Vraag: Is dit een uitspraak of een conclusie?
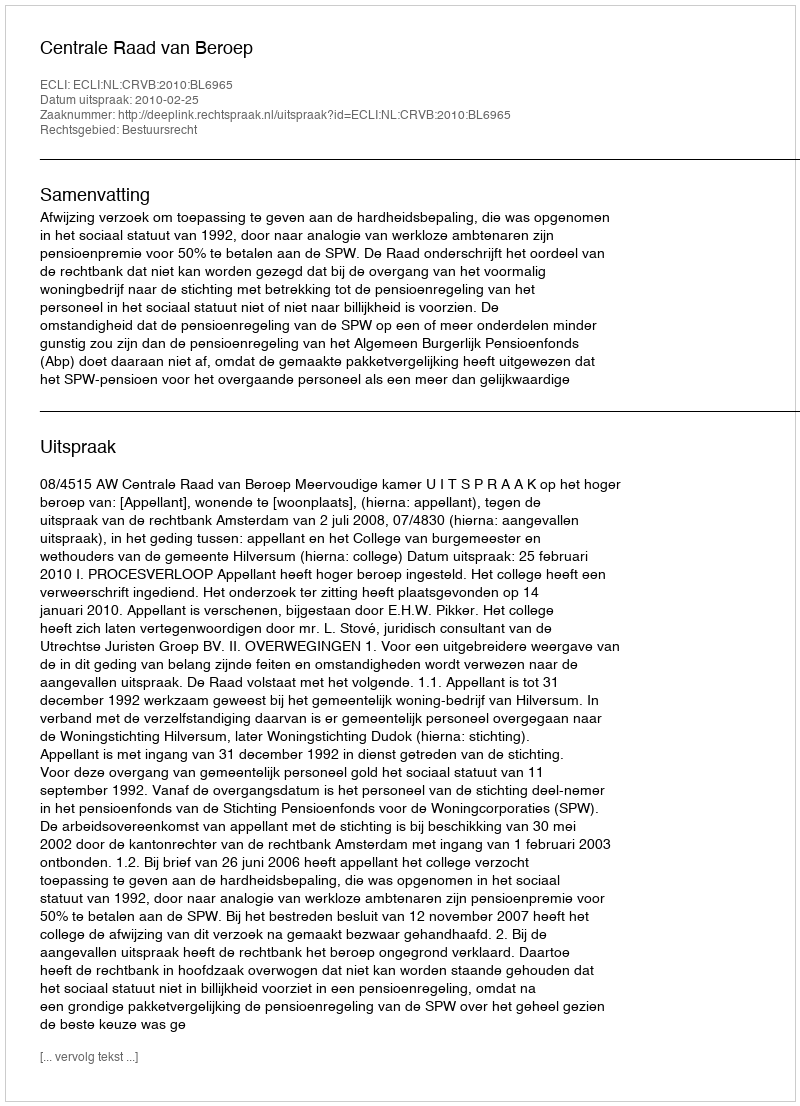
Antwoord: Uitspraak